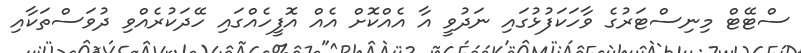
ސްޓޭޓް މިނިސްޓަރުގެ ވާހަކަފުޅުގައި ނަދުވީ އާ އެއްކޮށް އެއް އޮފީހެއްގައި ހޭދަކުރެއްވި ދުވަސްތަކާއި